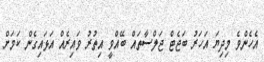
އެހެންވެ މިދިޔަ އަހަރު ބަޖެޓް ޖަލްސާތައް ބޭއްވީ އިތުރު ވައިރެއް އަޅައިގެން ކަމަށް